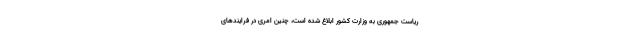
ریاست جمهوری به وزارت کشور ابلاغ شده است، چنین امری در فرایندهای